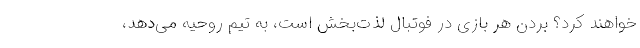
خواهند کرد؟ بُردن هر بازی در فوتبال لذت‌بخش است، به تیم روحیه می‌دهد،